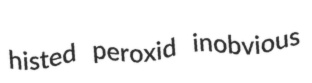
histed peroxid inobvious